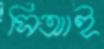
সিআই